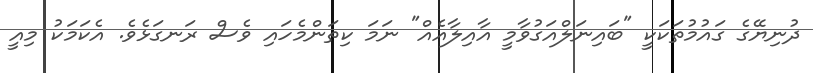
ދުނިޔޭގެ ގައުމުތަކަކީ "ބައިނަލްއަގުވާމީ އާއިލާއެއް" ނަމަ ކިތަންމެހައި ވެސް ރަނގަޅެވެ. އެކަމަކު މިއީ